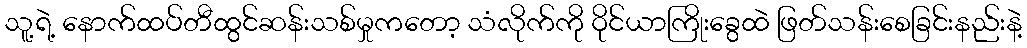
သူ့ရဲ့ နောက်ထပ်တီထွင်ဆန်းသစ်မှုကတော့ သံလိုက်ကို ဝိုင်ယာကြိုးခွေထဲ ဖြတ်သန်းစေခြင်းနည်းနဲ့